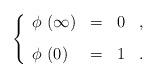
LaTeX: \begin{align*}\left\{\begin{array}{lcll}\phi ~ (\infty) &=& 0 & , \vspace{3mm}\\ \phi ~ (0) &=&1 & .\end{array} \right.\end{align*}